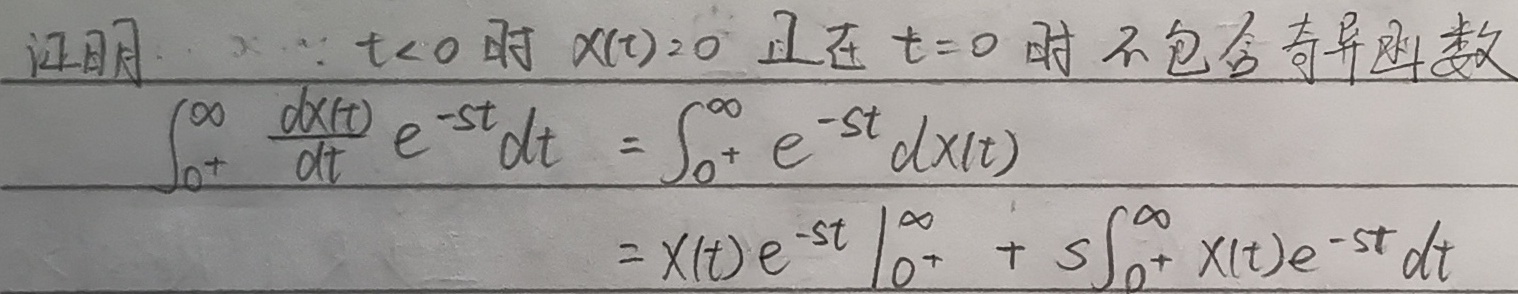
证明：
\(\because\) 当 \(t < 0\) 时 \(x(t)=0\) 且在 \(t = 0\) 时不包含奇异函数
\[\begin{align*}
\int_{0^{+}}^{\infty} \frac{dx(t)}{dt} e^{-st}dt&=\int_{0^{+}}^{\infty} e^{-st} dx(t)\\
&=x(t)e^{-st}\big|_{0^{+}}^{\infty}+ s\int_{0^{+}}^{\infty} x(t)e^{-st}dt
\end{align*}\]